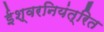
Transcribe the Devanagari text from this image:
ईश्वरनियंत्रित